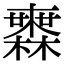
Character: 𣟒